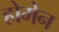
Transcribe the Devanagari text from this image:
होमेन